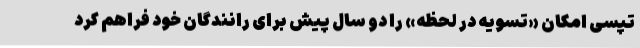
تپسی امکان «تسویه در لحظه» را دو سال پیش برای رانندگان خود فراهم کرد